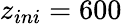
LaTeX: z_{ini}=600